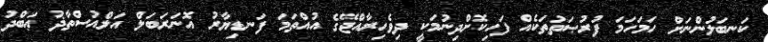
ކަނބަލުންނަށް ހަމަހަމަ ފުރުޞަތުތަކެއް ފަހިކޮށްދިނުމަކީ ދިވެހިރާއްޖޭގެ އުއްތަމަ ފަނޑިޔާރު އޮނަރަބަލް އަލްއުސްތާޛު ޢަބްދު